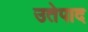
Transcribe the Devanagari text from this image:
उतेपाद